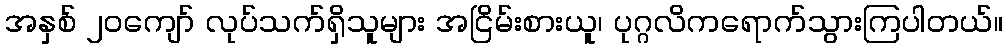
အနှစ် ၂၀ကျော် လုပ်သက်ရှိသူများ အငြိမ်းစားယူ၊ ပုဂ္ဂလိကရောက်သွားကြပါတယ်။